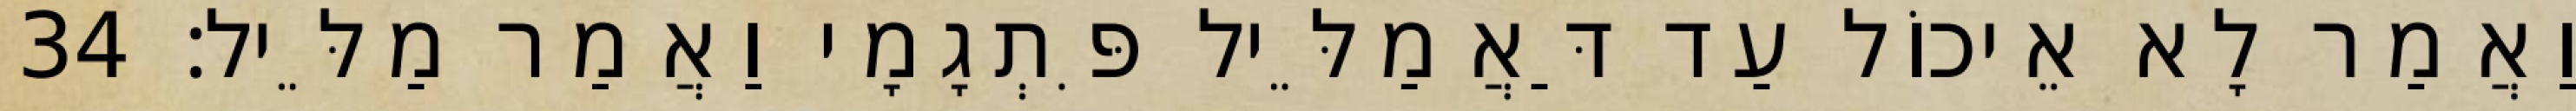
וַאֲמַר לָא אֵיכוֹל עַד דַּאֲמַלֵּיל פִּתְגָמָי וַאֲמַר מַלֵּיל׃ 34